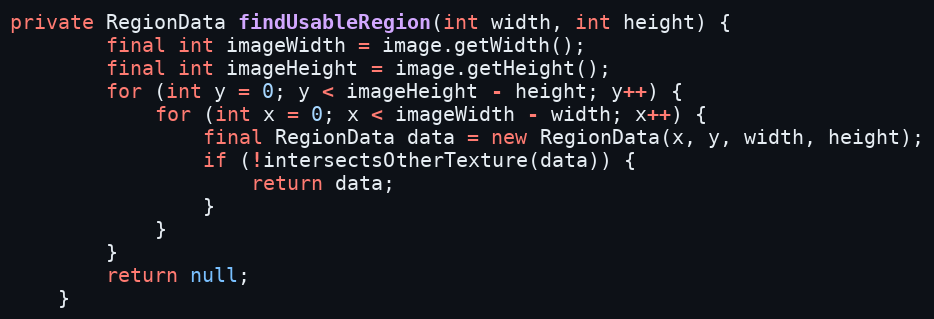
Language: Java
private RegionData findUsableRegion(int width, int height) {
        final int imageWidth = image.getWidth();
        final int imageHeight = image.getHeight();
        for (int y = 0; y < imageHeight - height; y++) {
            for (int x = 0; x < imageWidth - width; x++) {
                final RegionData data = new RegionData(x, y, width, height);
                if (!intersectsOtherTexture(data)) {
                    return data;
                }
            }
        }
        return null;
    }